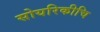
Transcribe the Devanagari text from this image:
सोयरिकीचि